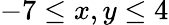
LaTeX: -7\leq x,y\leq 4